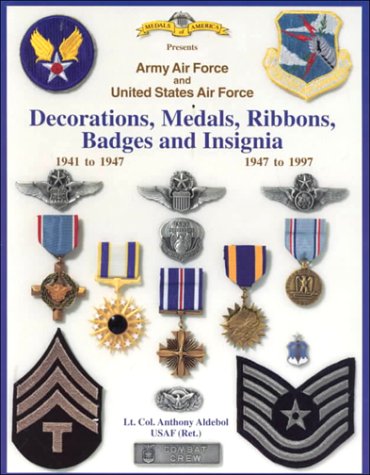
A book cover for Army Air Force and United States Air Force: Decorations, Medals, Ribbons, Badges and Insignia; Anthony Aldebol; Crafts, Hobbies & Home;